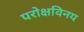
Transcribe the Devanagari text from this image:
परोक्षविनय